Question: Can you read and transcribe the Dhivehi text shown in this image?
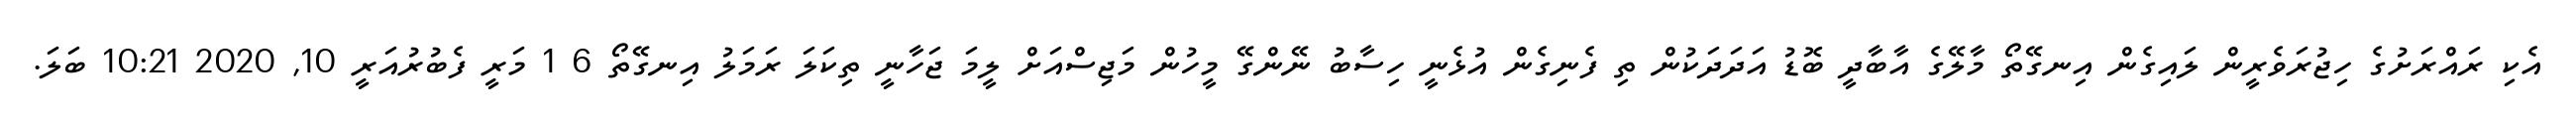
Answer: އެކި ރައްރަށުގެ ހިޖުރަވެރީން ލައިގެން އިނގޭތޯ މާލޭގެ އާބާދީ ބޮޑު އަދަދަކުން ތި ފެނިގެން އުޅެނީ ހިސާބު ނޭންގޭ މީހުން މަޖިސްއަށް ލީމަ ޖަހާނީ ތިކަލަ ރަމަލު އިނގޭތޯ 6 1 މަރީ ފެބުރުއަރީ 10, 2020 10:21 ބަލަ.